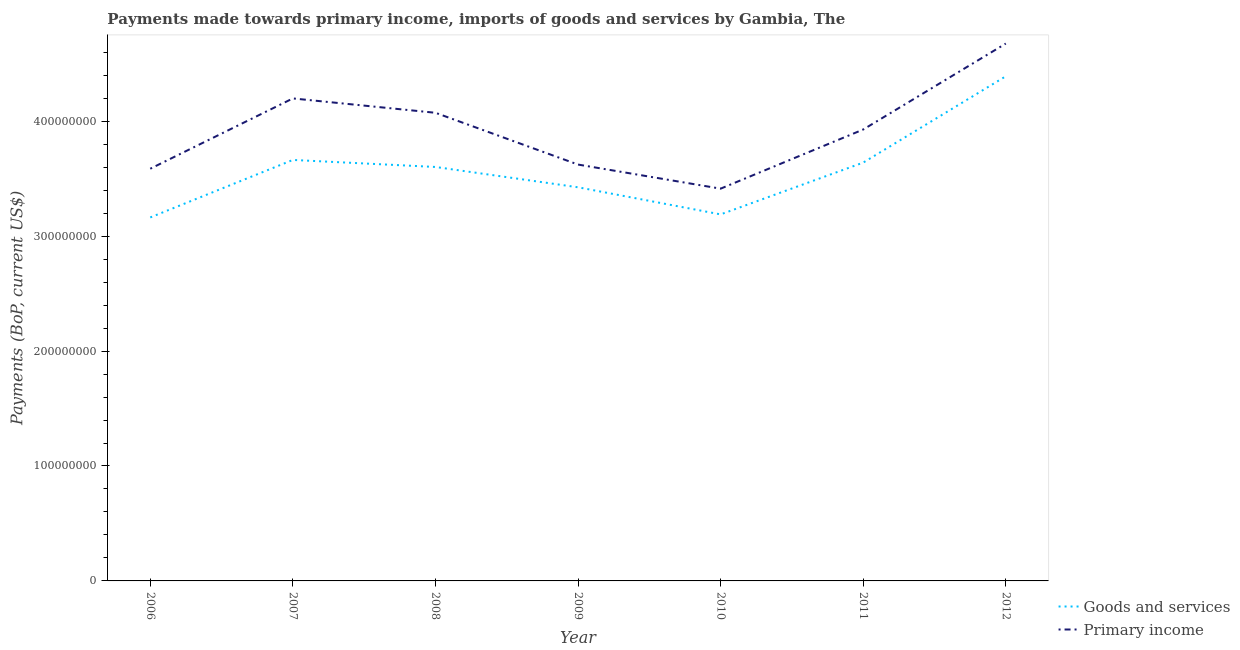
| Year | Goods and services | Primary income |
 | --- | --- | --- |
 | 2006 | 3.16e+08 | 3.59e+08 |
 | 2007 | 3.66e+08 | 4.2e+08 |
 | 2008 | 3.6e+08 | 4.07e+08 |
 | 2009 | 3.43e+08 | 3.62e+08 |
 | 2010 | 3.19e+08 | 3.41e+08 |
 | 2011 | 3.64e+08 | 3.93e+08 |
 | 2012 | 4.39e+08 | 4.68e+08 |